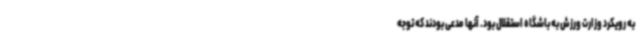
به رویکرد وزارت ورزش به باشگاه استقلال بود. آنها مدعی بودند که توجه